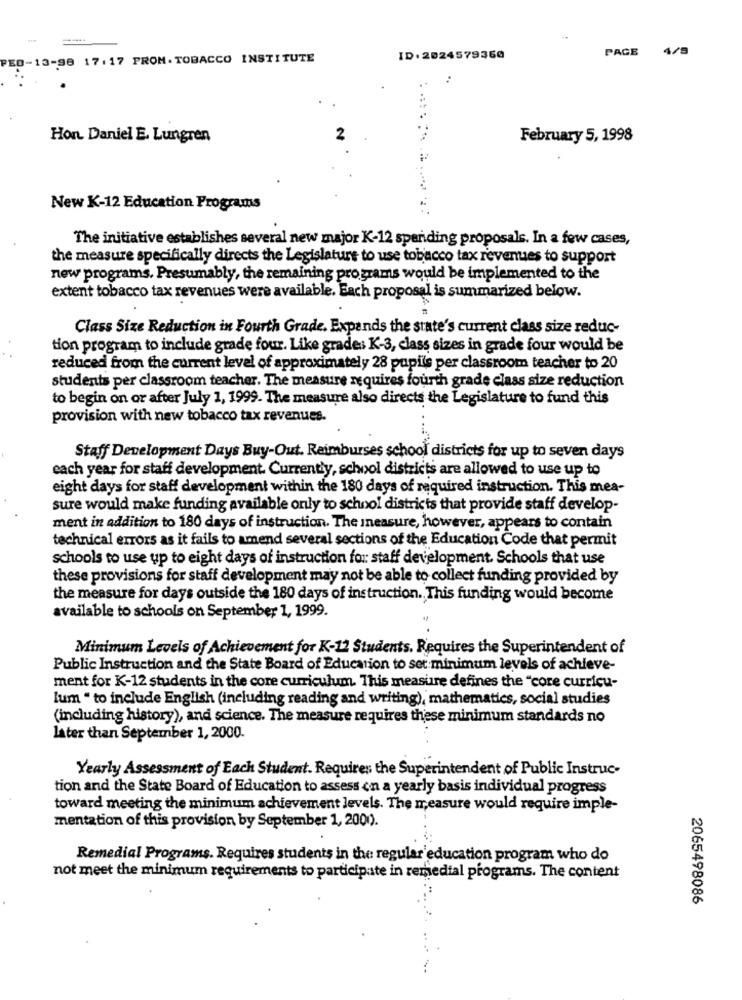
PAGE
4/5
13-98 17.17 PROM.TOBACCO INSTITUTE
ID:2024579350
Hon Daniel E. Lungren
2
February 5, 1998
New K-12 Education Programs
The initiative establishes several new major K-12 spending proposals. In a few cases,
the measure specifically directs the Legislature to use tobacco tax revenues to support
new programs. Presumably, the remaining programs would be implemented to the
extent tobacco tax revenues were available. Each proposal is summarized below.
Class Size Reduction in Fourth Grade. Expands the state's current class size reduc-
tion program to include grade four. Like grades K-3, class sizes in grade four would be
reduced from the current level of approximately 28 pupils per classroom teacher to 20
students per classroom teacher. The measure requires fourth grade class size reduction
to begin on or after July 1, 1999. The measure also directs the Legislature to fund this
provision with new tobacco tax revenues.
Staff Development Days Buy-Out. Reimburses school districts for up to seven days
each year for staff development. Currently, school districts are allowed to use up to
eight days for staff development within the 180 days of required instruction. This mea-
sure would make funding available only to school districts that provide staff develop-
ment in addition to 180 days of instruction. The ineasure, however, appears to contain
technical errors as it fails to amend several sections of the Education Code that permit
schools to use up to eight days of instruction for staff development. Schools that use
these provisions for staff development may not be able to collect funding provided by
the measure for days outside the 180 days of instruction. This funding would become
available to schools on September 1, 1999.
Minimum Levels of Achievement for K-12 Students. Requires the Superintendent of
Public Instruction and the State Board of Education to set minimum levels of achieve-
ment for K-12 students in the core curriculum. This measure defines the "core curricu-
lum " to include English (including reading and writing), mathematics, social studies
(including history), and science. The measure requires these minimum standards no
later than September 1, 2000.
Yearly Assessment of Each Student. Requires the Superintendent of Public Instruc-
tion and the State Board of Education to assess on a yearly basis individual progress
toward meeting the minimum achievement levels. The measure would require imple-
mentation of this provision by September 1, 2000.
Remedial Programs. Requires students in the regular education program who do
not meet the minimum requirements to participate in remedial programs. The content
2065498086